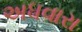
અધવારા